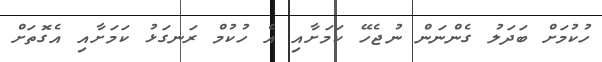
ހުކުމަށް ބަދަލު ގެންނަން ނުޖެހޭ ކަމަށާއި އެ ހުކުމް ރަނގަޅު ކަމަށާއި އެގޮތަށް